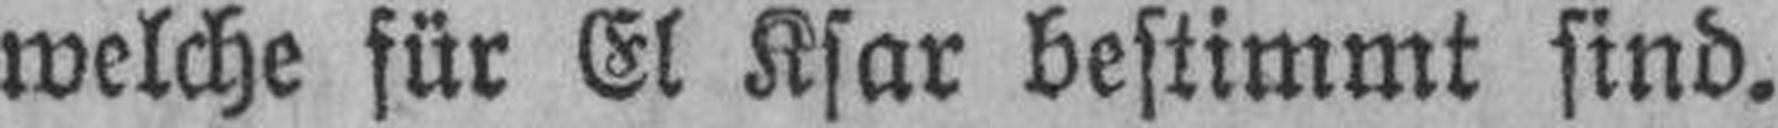
welche für El Ksar bestimmt sind.